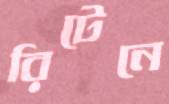
রিটেনে